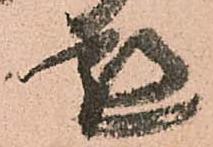
懇